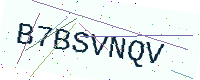
Text: B7BSVNQV